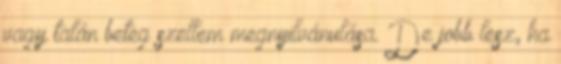
vagy talán beteg szellem megnyilvánulása. De jobb lesz, ha